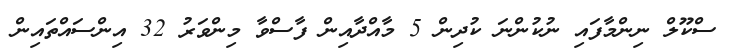
ސްކޫލް ނިންމާފައި ނުކުންނަ ކުދިން 5 މާއްދާއިން ފާސްވާ މިންވަރު 32 އިންސައްތައިން